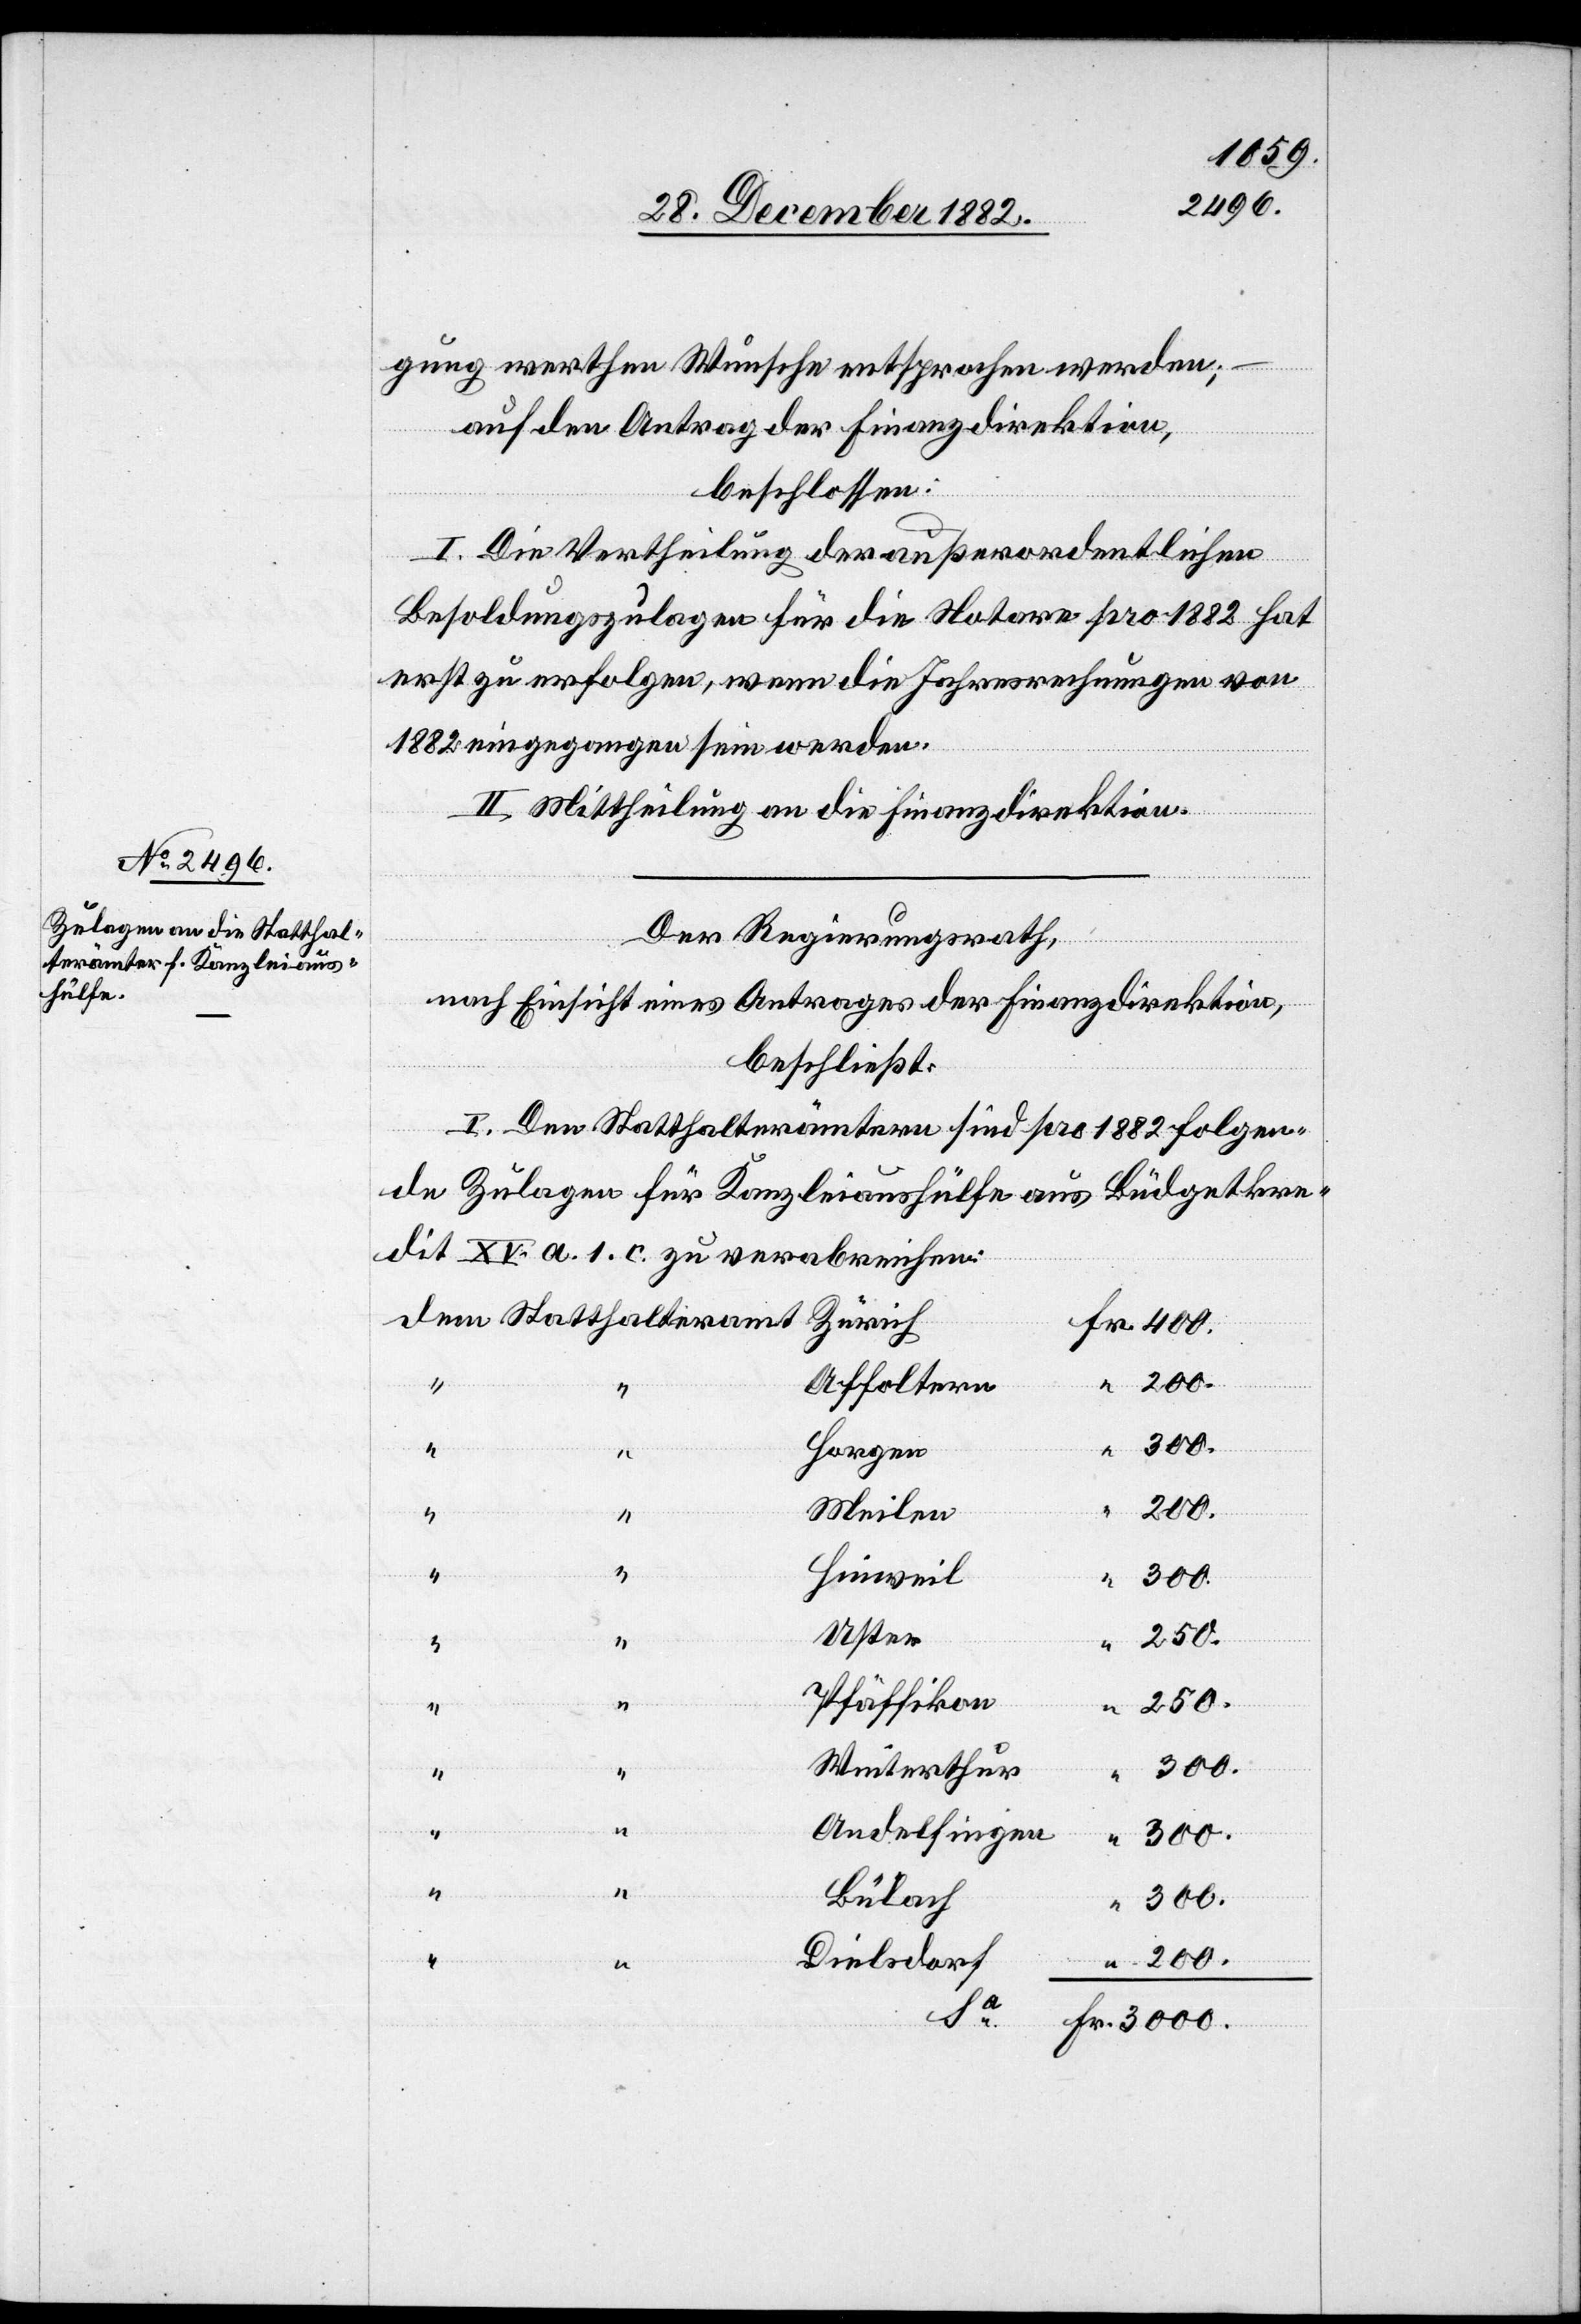
gung werthen Wunsche entsprochen werden;
auf den Antrag der Finanzdirektion,
beschlossen:
I. Die Vertheilung der außerordentlichen
Besoldungszulagen für die Notare pro 1882 hat
erst zu erfolgen, wenn die Jahresrechnungen von
1882 eingegangen sein werden.
II. Mittheilung an die Finanzdirektion.
Der Regierungsrath,
nach Einsicht eines Antrages der Finanzdirektion,
beschließt:
I. Den Statthalterämtern sind pro 1882 folgen¬
de Zulagen für Kanzleiaushülfe aus Büdgetkre¬
dit XV. a. 1. c. zu verabreichen:
Affoltern
Horgen
200.
Meilen
Hinweil
3000.
Uster
250.
“
“
Pfäffikon
250.
“
Winterthur
Andelfingen
Bülach
Dielsdorf
Fr.